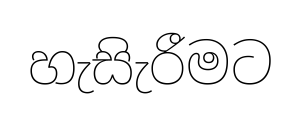
හැසිැරීමට